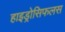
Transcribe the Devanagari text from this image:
हाइड्रोसिफलस